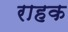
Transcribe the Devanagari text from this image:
राहक